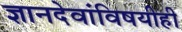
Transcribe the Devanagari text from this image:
ज्ञानदेवांविषयीही